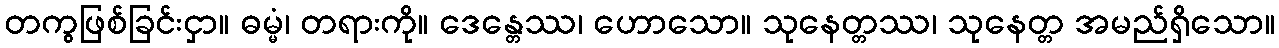
တကွဖြစ်ခြင်းငှာ။ ဓမ္မံ၊ တရားကို။ ဒေန္တေဿ၊ ဟောသော။ သုနေတ္တဿ၊ သုနေတ္တ အမည်ရှိသော။